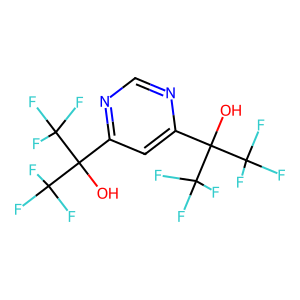
SMILES: OC(c1cc(C(O)(C(F)(F)F)C(F)(F)F)ncn1)(C(F)(F)F)C(F)(F)F
Inhibits HIV replication: No